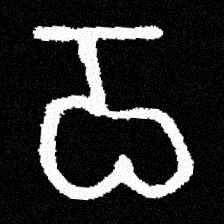
Pyu character \u2014 Myanmar letter: ဝ (romanized: wa)